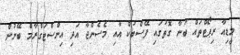
މީޑިއާ ރިޕޯޓްތައް ބުނާ ގޮތުގައި ފޭސްބުކް އާއި މެސެންޖާ އަދި އިންސްޓަގްރާމް ބޭނުން